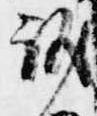
議